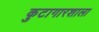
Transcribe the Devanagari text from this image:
कुटागारशाला